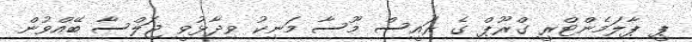
ޕީ ޕާލަމެންޓްރީ ގްރޫޕް ގެ ރައީސް މޫސާ މަނިކު ވިދާޅުވީ ޖަލްސާ ބޭއްވުން